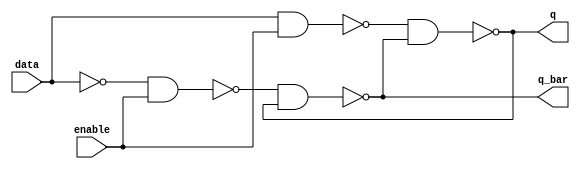
module data_latch(input data, input enable, output q, output q_bar);

    wire not_data;
    wire qi0;
    wire qi1;

    nand (qi0, data, enable);

    not  (not_data, data);
    nand (qi1, not_data, enable);

    nand (q, qi0, q_bar);
    nand (q_bar, qi1, q);

endmodule